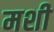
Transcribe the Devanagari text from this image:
मशी